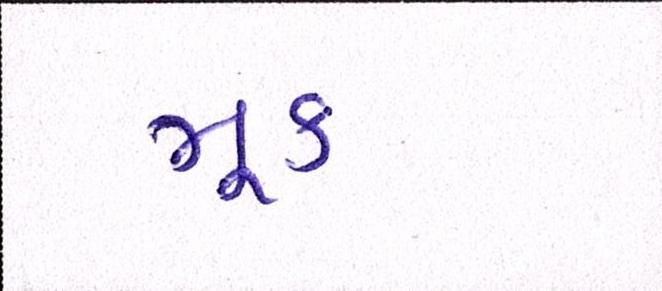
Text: મૂક